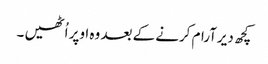
کچھ دیرآرام کرنے کے بعد وہ اوپر اُٹھیں ۔